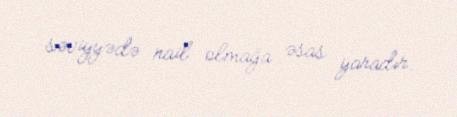
səviyyədə nail olmağa əsas yaradır.